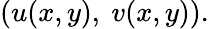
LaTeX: (u(x,y),\ v(x,y)).